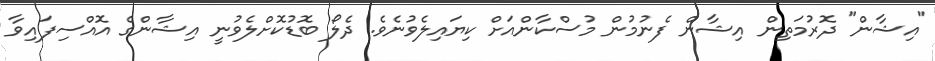
"އިޝާން" ދޮރުމަތިން އިޝާން ފެނުމުން މުސްކާންއަށް ކިޔައިލެވުނެވެ. ދެލޯ ބޮޑުކޮށްލެވުނީ އިޝާންގެ އޮއްސިފައިވާ